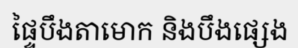
ផ្ទៃបឹងតាមោក និងបឹងផ្សេង